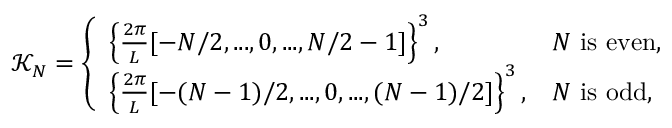
\mathcal { K } _ { N } = \left\{ \begin{array} { l l } { \left\{ \frac { 2 \pi } { L } [ - N / 2 , . . . , 0 , . . . , N / 2 - 1 ] \right\} ^ { 3 } , } & { N \mathrm { ~ i s ~ e v e n , } } \\ { \left\{ \frac { 2 \pi } { L } [ - ( N - 1 ) / 2 , . . . , 0 , . . . , ( N - 1 ) / 2 ] \right\} ^ { 3 } , } & { N \mathrm { ~ i s ~ o d d , } } \end{array} \right.